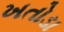
ખતોડા